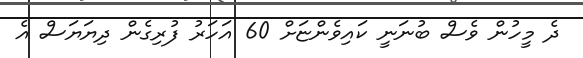
ދެ މީހުން ވެސް ބުނަނީ ކައިވެންޏަށް 60 އަހަރު ފުރިގެން ދިޔަޔަސް އެ